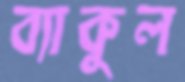
ব্যাকুল